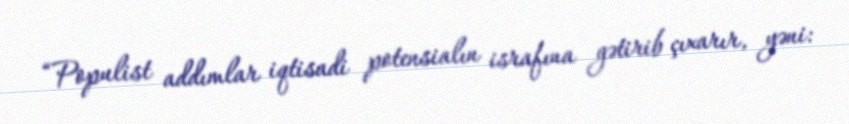
“Populist addımlar iqtisadi potensialın israfına gətirib çıxarır, yəni: